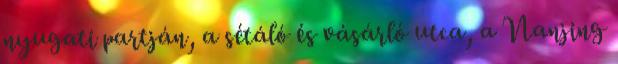
nyugati partján, a sétáló és vásárló utca, a Nanjing